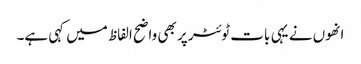
انھوں نے یہی بات ٹوئٹر پر بھی واضح الفاظ میں کہی ہے۔